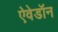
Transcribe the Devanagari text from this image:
ऐवेडॉन